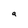
Character: a